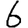
Digit: 6